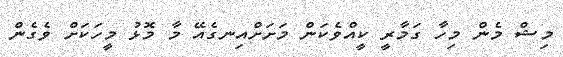
މިޝް މެން މިހާ ގަމާރީ ކީއްވެކަން މަށަށްއިނގެއޭ މާ މޮޅު މީހަކަށް ވެގެން